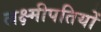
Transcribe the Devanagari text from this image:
लक्ष्मीपतियों